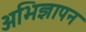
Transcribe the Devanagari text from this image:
अभिज्ञापन